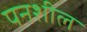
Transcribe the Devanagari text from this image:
पनशील